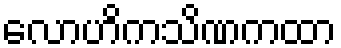
လောဟိကသိဏကထာ